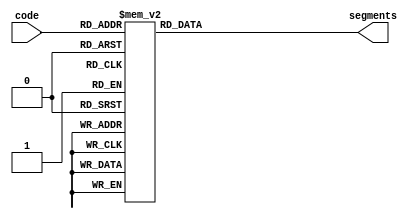
module indicator_16(
 input wire [3:0]code,
 output reg [6:0]segments
);

always @*
begin
//  case(code)
//   4'd0:  segments = 7'b0111111;
//   4'd1:  segments = 7'b0000110;
//   4'd2:  segments = 7'b1011011;
//   4'd3:  segments = 7'b1001111;
//   4'd4:  segments = 7'b1100110;
//   4'd5:  segments = 7'b1101101;
//   4'd6:  segments = 7'b1111101;
//   4'd7:  segments = 7'b0000111;
//   4'd8:  segments = 7'b1111111;
//   4'd9:  segments = 7'b1101111;
//   4'd10: segments = 7'b1110111;
//   4'd11: segments = 7'b1111100;
//   4'd12: segments = 7'b0111001;
//   4'd13: segments = 7'b1011110;
//   4'd14: segments = 7'b1111011;
//   4'd15: segments = 7'b1110001;
//  endcase
  case(code)
   4'd0:  segments = 7'b1000000;
   4'd1:  segments = 7'b1111001;
   4'd2:  segments = 7'b0100100;
   4'd3:  segments = 7'b0110000;
   4'd4:  segments = 7'b0011001;
   4'd5:  segments = 7'b0010010;
   4'd6:  segments = 7'b0000010;
   4'd7:  segments = 7'b1111000;
   4'd8:  segments = 7'b0000000;
   4'd9:  segments = 7'b0010000;
   4'd10: segments = 7'b0001000;
   4'd11: segments = 7'b0000011;
   4'd12: segments = 7'b1000110;
   4'd13: segments = 7'b0100001;
   4'd14: segments = 7'b0000100;
   4'd15: segments = 7'b0001110;
  endcase
end

endmodule